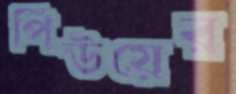
পিউয়ের